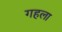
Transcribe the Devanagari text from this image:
गहला